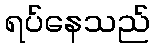
ရပ်နေသည်